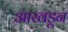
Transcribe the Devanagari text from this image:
आखडून